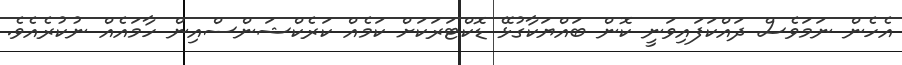
އެހެން ނަމަވެސް ދައްކަފައިވަނީ ކޮން ބައްޔަކާގުޅޭ ޑޮކްޓަރަކަށް ކަަމެއް ކަރެކްޝަންސްއިން ހާމައެއް ނުކުރެއެވެ.